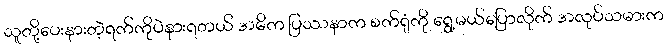
သူတို့ပေးနားတဲ့ရက်ကိုပဲနားရတယ် အဓိက ပြဿနာက စက်ရုံကို ရွှေ့မယ်ပြောလိုက် အလုပ်သမားက